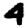
Digit: 4